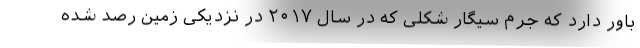
باور دارد که جرم سیگار شکلی که در سال ۲۰۱۷ در نزدیکی زمین رصد شده